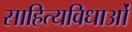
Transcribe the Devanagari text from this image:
साहित्यविधाओं